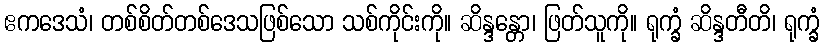
ဧကဒေသံ၊ တစ်စိတ်တစ်ဒေသဖြစ်သော သစ်ကိုင်းကို။ ဆိန္ဒန္တော၊ ဖြတ်သူကို။ ရုက္ခံ ဆိန္ဒတီတိ၊ ရုက္ခံ